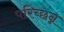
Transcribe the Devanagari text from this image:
परिच्छन्न